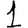
Digit: 1